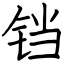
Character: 铛